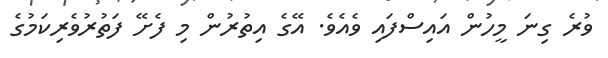
ވުރެ ގިނަ މީހުން އައިސްފައި ވެއެވެ. އޭގެ އިތުރުން މި ފެށޭ ފަތުރުވެރިކަމުގެ